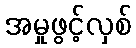
အမှုဖွင့်လှစ်